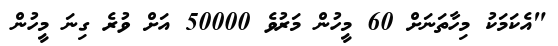
"އެކަމަކު މިހާތަނަށް 60 މީހުން މަރުވެ 50000 އަށް ވުރެ ގިނަ މީހުން